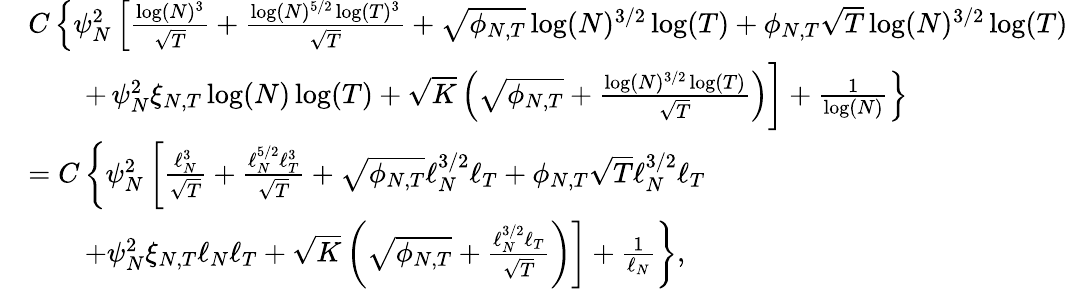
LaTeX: \begin{array}{rl}&{C\left\lbrace\psi_{N}^{2}\left[\frac{\log(N)^{3}}{\sqrt{T}}+\frac{\log(N)^{5/2}\log(T)^{3}}{\sqrt{T}}+\sqrt{\phi_{N,T}}\log(N)^{3/2}\log(T)+\phi_{N,T}\sqrt{T}\log(N)^{3/2}\log(T)\right.\right.}\\ &{\qquad+\left.\psi_{N}^{2}\xi_{N,T}\log(N)\log(T)+\sqrt{K}\left(\sqrt{\phi_{N,T}}+\frac{\log(N)^{3/2}\log(T)}{\sqrt{T}}\right)\bigg]+\frac{1}{\log(N)}\right\rbrace}\\ &{=C\left\lbrace\psi_{N}^{2}\left[\frac{\ell_{N}^{3}}{\sqrt{T}}+\frac{\ell_{N}^{5/2}\ell_{T}^{3}}{\sqrt{T}}+\sqrt{\phi_{N,T}}\ell_{N}^{3/2}\ell_{T}+\phi_{N,T}\sqrt{T}\ell_{N}^{3/2}\ell_{T}\right.\right.}\\ &{\qquad\left.\left.+\psi_{N}^{2}\xi_{N,T}\ell_{N}\ell_{T}+\sqrt{K}\left(\sqrt{\phi_{N,T}}+\frac{\ell_{N}^{3/2}\ell_{T}}{\sqrt{T}}\right)\right]+\frac{1}{\ell_{N}}\right\rbrace,}\end{array}